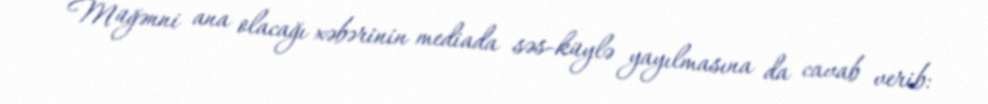
Müğənni ana olacağı xəbərinin mediada səs-küylə yayılmasına da cavab verib: